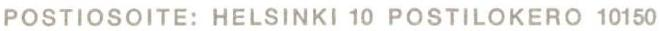
POSTIOSOITE: HELSINKI 10 POSTILOKERO 10150